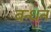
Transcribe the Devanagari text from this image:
बन्धनं